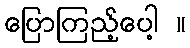
ပြောကြည့်ပေါ့ ။